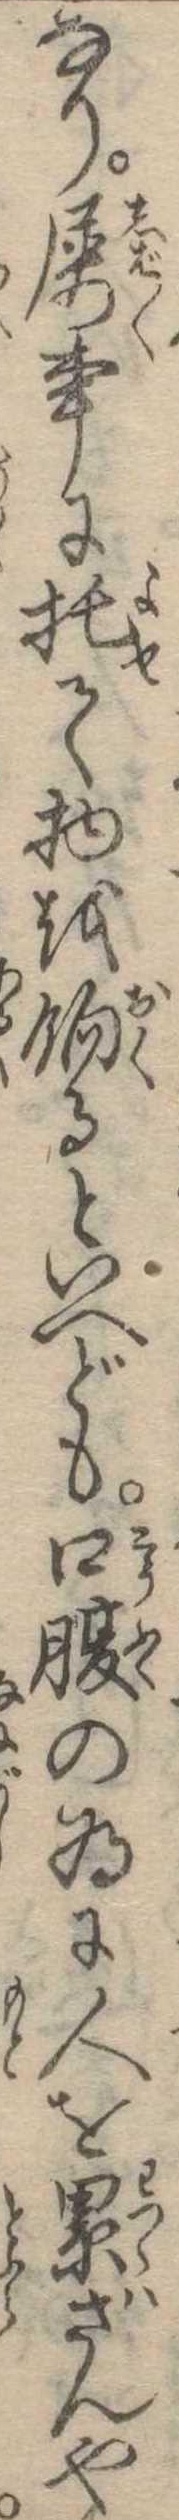
なり屡事に托て物を餉るといへども口腹の為に人を累さんや